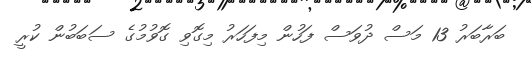
ބަރާބަރު 13 މަސް ދުވަސް ފަހުން މިފަހަރު މިގޮވި ގޮވުމުގެ ސަބަބުން ކުރީ